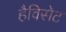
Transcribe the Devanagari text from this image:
हैविसेट